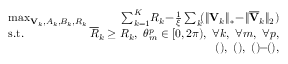
\begin{array} { r l r } & { \! \! \! \! \! \! \! \! \! \! \operatorname* { m a x } _ { \mathbf { V } _ { k } , A _ { k } , B _ { k } , R _ { k } } } & { \! \! \! \! \! \sum _ { k = 1 } ^ { K } \! R _ { k } \! - \! \frac { 1 } { \xi } \sum _ { k } \! ( \Vert \mathbf { V } _ { k } \Vert _ { \ast } \! - \! \Vert \overline { { \mathbf { V } } } _ { k } \Vert _ { 2 } ) } \\ & { \! \! \! \! \! \! \! \! \! \! \mathrm { s . t . } } & { \! \! \! \! \! \overline { { R } } _ { k } \ge R _ { k } , ~ \theta _ { m } ^ { p } \in [ 0 , 2 \pi ) , ~ \forall k , ~ \forall m , ~ \forall p , } \\ & { } & { \! \! \! \! \! \mathrm { ( ) } , ~ \mathrm { ( ) } , ~ \mathrm { ( ) } \! \! - \! \! \mathrm { ( ) } , } \end{array}